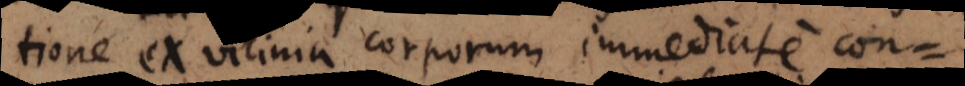
translatione ex vicinia corporum immediate con